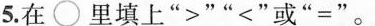
5.在\bigcirc里填上“>”“<”或“=”。